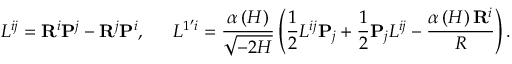
L ^ { i j } = { \bf R } ^ { i } { \bf P } ^ { j } - { \bf R } ^ { j } { \bf P } ^ { i } , \, \, \, \quad L ^ { 1 ^ { \prime } i } = \frac { \alpha \left( H \right) } { \sqrt { - 2 H } } \left( \frac 1 2 L ^ { i j } { \bf P } _ { j } + \frac 1 2 { \bf P } _ { j } L ^ { i j } - \frac { \alpha \left( H \right) { \bf R } ^ { i } } R \right) .